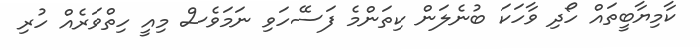
ކާމިޔާބީތައް ހޯދި ވާހަކަ ބުނެލަން ކިތަންމެ ފަސޭހަވި ނަމަވެސް މިއީ ހިތްވަރެއް ހުރި